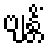
ဗျန္တိံ